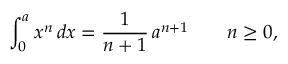
\int _ { 0 } ^ { a } x ^ { n } \, d x = { \frac { 1 } { n + 1 } } \, a ^ { n + 1 } \qquad n \geq 0 ,